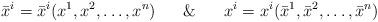
LaTeX: \begin{align*}\bar{x}^{i}=\bar{x}^{i}(x^{1},x^{2},\ldots,x^{n})\,\,\,\,\,\,\,\,\,\,\&\,\,\,\,\,\,\,\,\,\,x^{i}=x^{i}(\bar{x}^{1},\bar{x}^{2},\ldots,\bar{x}^{n})\end{align*}